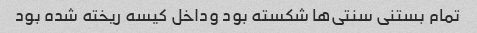
تمام بستنی سنتی‌ها شکسته بود وداخل کیسه ریخته شده بود